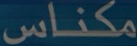
مكناس